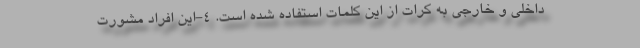
داخلی و خارجی به کرات از این کلمات استفاده شده است. 4-این افراد مشورت